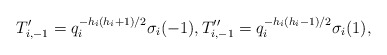
\begin{align*}T'_{i,-1}=q_i^{-h_i(h_i+1)/2}\sigma_i(-1),T''_{i,-1}=q_i^{-h_i(h_i-1)/2}\sigma_i(1),\end{align*}